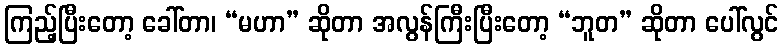
ကြည့်ပြီးတော့ ခေါ်တာ၊ “မဟာ” ဆိုတာ အလွန်ကြီးပြီးတော့ “ဘူတ” ဆိုတာ ပေါ်လွင်